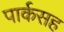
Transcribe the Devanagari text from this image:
पार्कसह